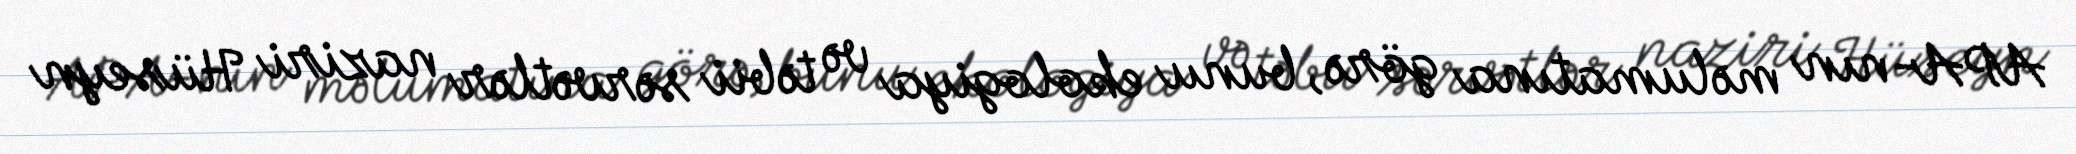
APA-nın məlumatına görə, bunu ekologiya və təbii sərvətlər naziri Hüseyn